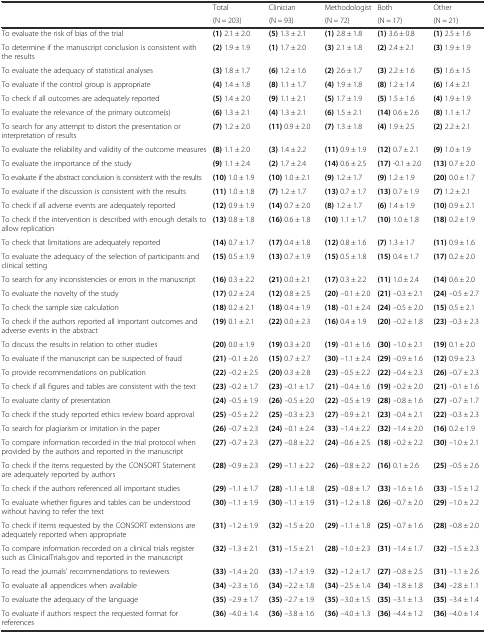
<table><thead><tr><td rowspan="2"></td><td><b>Total</b></td><td><b>Clinician</b></td><td><b>Methodologist</b></td><td><b>Both</b></td><td><b>Other</b></td></tr><tr><td><b>(N = 203)</b></td><td><b>(N = 93)</b></td><td><b>(N = 72)</b></td><td><b>(N = 17)</b></td><td><b>(N = 21)</b></td></tr></thead><tbody><tr><td>To evaluate the risk of bias of the trial</td><td><b>(1)</b> 2.1 ± 2.0</td><td><b>(5)</b> 1.3 ± 2.1</td><td><b>(1)</b> 2.8 ± 1.8</td><td><b>(1)</b> 3.6 ± 0.8</td><td><b>(1)</b> 2.5 ± 1.6</td></tr><tr><td>To determine if the manuscript conclusion is consistent with the results</td><td><b>(2)</b> 1.9 ± 1.9</td><td><b>(1)</b> 1.7 ± 2.0</td><td><b>(3)</b> 2.1 ± 1.8</td><td><b>(2)</b> 2.4 ± 2.1</td><td><b>(3)</b> 1.9 ± 1.9</td></tr><tr><td>To evaluate the adequacy of statistical analyses</td><td><b>(3)</b> 1.8 ± 1.7</td><td><b>(6)</b> 1.2 ± 1.6</td><td><b>(2)</b> 2.6 ± 1.7</td><td><b>(3)</b> 2.2 ± 1.6</td><td><b>(5)</b> 1.6 ± 1.5</td></tr><tr><td>To evaluate if the control group is appropriate</td><td><b>(4)</b> 1.4 ± 1.8</td><td><b>(8)</b> 1.1 ± 1.7</td><td><b>(4)</b> 1.9 ± 1.8</td><td><b>(8)</b> 1.2 ± 1.4</td><td><b>(6)</b> 1.4 ± 2.1</td></tr><tr><td>To check if all outcomes are adequately reported</td><td><b>(5)</b> 1.4 ± 2.0</td><td><b>(9)</b> 1.1 ± 2.1</td><td><b>(5)</b> 1.7 ± 1.9</td><td><b>(5)</b> 1.5 ± 1.6</td><td><b>(4)</b> 1.9 ± 1.9</td></tr><tr><td>To evaluate the relevance of the primary outcome(s)</td><td><b>(6)</b> 1.3 ± 2.1</td><td><b>(4)</b> 1.3 ± 2.1</td><td><b>(6)</b> 1.5 ± 2.1</td><td><b>(14)</b> 0.6 ± 2.6</td><td><b>(8)</b> 1.1 ± 1.7</td></tr><tr><td>To search for any attempt to distort the presentation or interpretation of results</td><td><b>(7)</b> 1.2 ± 2.0</td><td><b>(11)</b> 0.9 ± 2.0</td><td><b>(7)</b> 1.3 ± 1.8</td><td><b>(4)</b> 1.9 ± 2.5</td><td><b>(2)</b> 2.2 ± 2.1</td></tr><tr><td>To evaluate the reliability and validity of the outcome measures</td><td><b>(8)</b> 1.1 ± 2.0</td><td><b>(3)</b> 1.4 ± 2.2</td><td><b>(11)</b> 0.9 ± 1.9</td><td><b>(12)</b> 0.7 ± 2.1</td><td><b>(9)</b> 1.0 ± 1.9</td></tr><tr><td>To evaluate the importance of the study</td><td><b>(9)</b> 1.1 ± 2.4</td><td><b>(2)</b> 1.7 ± 2.4</td><td><b>(14)</b> 0.6 ± 2.5</td><td><b>(17)</b> -0.1 ± 2.0</td><td><b>(13)</b> 0.7 ± 2.0</td></tr><tr><td>To evaluate if the abstract conclusion is consistent with the results</td><td><b>(10)</b> 1.0 ± 1.9</td><td><b>(10)</b> 1.0 ± 2.1</td><td><b>(9)</b> 1.2 ± 1.7</td><td><b>(9)</b> 1.2 ± 1.9</td><td><b>(20)</b> 0.0 ± 1.7</td></tr><tr><td>To evaluate if the discussion is consistent with the results</td><td><b>(11)</b> 1.0 ± 1.8</td><td><b>(7)</b> 1.2 ± 1.7</td><td><b>(13)</b> 0.7 ± 1.7</td><td><b>(13)</b> 0.7 ± 1.9</td><td><b>(7)</b> 1.2 ± 2.1</td></tr><tr><td>To check if all adverse events are adequately reported</td><td><b>(12)</b> 0.9 ± 1.9</td><td><b>(14)</b> 0.7 ± 2.0</td><td><b>(8)</b> 1.2 ± 1.7</td><td><b>(6)</b> 1.4 ± 1.9</td><td><b>(10)</b> 0.9 ± 2.1</td></tr><tr><td>To check if the intervention is described with enough details to allow replication</td><td><b>(13)</b> 0.8 ± 1.8</td><td><b>(16)</b> 0.6 ± 1.8</td><td><b>(10)</b> 1.1 ± 1.7</td><td><b>(10)</b> 1.0 ± 1.8</td><td><b>(18)</b> 0.2 ± 1.9</td></tr><tr><td>To check that limitations are adequately reported</td><td><b>(14)</b> 0.7 ± 1.7</td><td><b>(17)</b> 0.4 ± 1.8</td><td><b>(12)</b> 0.8 ± 1.6</td><td><b>(7)</b> 1.3 ± 1.7</td><td><b>(11)</b> 0.9 ± 1.6</td></tr><tr><td>To evaluate the adequacy of the selection of participants and clinical setting</td><td><b>(15)</b> 0.5 ± 1.9</td><td><b>(13)</b> 0.7 ± 1.9</td><td><b>(15)</b> 0.5 ± 1.8</td><td><b>(15)</b> 0.4 ± 1.7</td><td><b>(17)</b> 0.2 ± 2.0</td></tr><tr><td>To search for any inconsistencies or errors in the manuscript</td><td><b>(16)</b> 0.3 ± 2.2</td><td><b>(21)</b> 0.0 ± 2.1</td><td><b>(17)</b> 0.3 ± 2.2</td><td><b>(11)</b> 1.0 ± 2.4</td><td><b>(14)</b> 0.6 ± 2.0</td></tr><tr><td>To evaluate the novelty of the study</td><td><b>(17)</b> 0.2 ± 2.4</td><td><b>(12)</b> 0.8 ± 2.5</td><td><b>(20)</b> –0.1 ± 2.0</td><td><b>(21)</b> –0.3 ± 2.1</td><td><b>(24)</b> –0.5 ± 2.7</td></tr><tr><td>To check the sample size calculation</td><td><b>(18)</b> 0.2 ± 2.1</td><td><b>(18)</b> 0.4 ± 1.9</td><td><b>(18)</b> –0.1 ± 2.4</td><td><b>(24)</b> –0.5 ± 2.0</td><td><b>(15)</b> 0.5 ± 2.1</td></tr><tr><td>To check if the authors reported all important outcomes and adverse events in the abstract</td><td><b>(19)</b> 0.1 ± 2.1</td><td><b>(22)</b> 0.0 ± 2.3</td><td><b>(16)</b> 0.4 ± 1.9</td><td><b>(20)</b> –0.2 ± 1.8</td><td><b>(23)</b> –0.3 ± 2.3</td></tr><tr><td>To discuss the results in relation to other studies</td><td><b>(20)</b> 0.0 ± 1.9</td><td><b>(19)</b> 0.3 ± 2.0</td><td><b>(19)</b> –0.1 ± 1.6</td><td><b>(30)</b> –1.0 ± 2.1</td><td><b>(19)</b> 0.1 ± 2.0</td></tr><tr><td>To evaluate if the manuscript can be suspected of fraud</td><td><b>(21)</b> –0.1 ± 2.6</td><td><b>(15)</b> 0.7 ± 2.7</td><td><b>(30)</b> –1.1 ± 2.4</td><td><b>(29)</b> –0.9 ± 1.6</td><td><b>(12)</b> 0.9 ± 2.3</td></tr><tr><td>To provide recommendations on publication</td><td><b>(22)</b> –0.2 ± 2.5</td><td><b>(20)</b> 0.3 ± 2.8</td><td><b>(23)</b> –0.5 ± 2.2</td><td><b>(22)</b> –0.4 ± 2.3</td><td><b>(26)</b> –0.7 ± 2.3</td></tr><tr><td>To check if all figures and tables are consistent with the text</td><td><b>(23)</b> –0.2 ± 1.7</td><td><b>(23)</b> –0.1 ± 1.7</td><td><b>(21)</b> –0.4 ± 1.6</td><td><b>(19)</b> –0.2 ± 2.0</td><td><b>(21)</b> –0.1 ± 1.6</td></tr><tr><td>To evaluate clarity of presentation</td><td><b>(24)</b> –0.5 ± 1.9</td><td><b>(26)</b> –0.5 ± 2.0</td><td><b>(22)</b> –0.5 ± 1.9</td><td><b>(28)</b> –0.8 ± 1.6</td><td><b>(27)</b> –0.7 ± 1.7</td></tr><tr><td>To check if the study reported ethics review board approval</td><td><b>(25)</b> –0.5 ± 2.2</td><td><b>(25)</b> –0.3 ± 2.3</td><td><b>(27)</b> –0.9 ± 2.1</td><td><b>(23)</b> –0.4 ± 2.1</td><td><b>(22)</b> –0.3 ± 2.3</td></tr><tr><td>To search for plagiarism or imitation in the paper</td><td><b>(26)</b> –0.7 ± 2.3</td><td><b>(24)</b> –0.1 ± 2.4</td><td><b>(33)</b> –1.4 ± 2.2</td><td><b>(32)</b> –1.4 ± 2.0</td><td><b>(16)</b> 0.2 ± 1.9</td></tr><tr><td>To compare information recorded in the trial protocol when provided by the authors and reported in the manuscript</td><td><b>(27)</b> –0.7 ± 2.3</td><td><b>(27)</b> –0.8 ± 2.2</td><td><b>(24)</b> –0.6 ± 2.5</td><td><b>(18)</b> –0.2 ± 2.2</td><td><b>(30)</b> –1.0 ± 2.1</td></tr><tr><td>To check if the items requested by the CONSORT Statement are adequately reported by authors</td><td><b>(28)</b> –0.9 ± 2.3</td><td><b>(29)</b> –1.1 ± 2.2</td><td><b>(26)</b> –0.8 ± 2.2</td><td><b>(16)</b> 0.1 ± 2.6</td><td><b>(25)</b> –0.5 ± 2.6</td></tr><tr><td>To check if the authors referenced all important studies</td><td><b>(29)</b> –1.1 ± 1.7</td><td><b>(28)</b> –1.1 ± 1.8</td><td><b>(25)</b> –0.8 ± 1.7</td><td><b>(33)</b> –1.6 ± 1.6</td><td><b>(33)</b> –1.5 ± 1.2</td></tr><tr><td>To evaluate whether figures and tables can be understood without having to refer the text</td><td><b>(30)</b> –1.1 ± 1.9</td><td><b>(30)</b> –1.1 ± 1.9</td><td><b>(31)</b> –1.2 ± 1.8</td><td><b>(26)</b> –0.7 ± 2.0</td><td><b>(29)</b> –1.0 ± 2.2</td></tr><tr><td>To check if items requested by the CONSORT extensions are adequately reported when appropriate</td><td><b>(31)</b> –1.2 ± 1.9</td><td><b>(32)</b> –1.5 ± 2.0</td><td><b>(29)</b> –1.1 ± 1.8</td><td><b>(25)</b> –0.7 ± 1.6</td><td><b>(28)</b> –0.8 ± 2.0</td></tr><tr><td>To compare information recorded on a clinical trials register such as ClinicalTrials.gov and reported in the manuscript</td><td><b>(32)</b> –1.3 ± 2.1</td><td><b>(31)</b> –1.5 ± 2.1</td><td><b>(28)</b> –1.0 ± 2.3</td><td><b>(31)</b> –1.4 ± 1.7</td><td><b>(32)</b> –1.5 ± 2.3</td></tr><tr><td>To read the journals’ recommendations to reviewers</td><td><b>(33)</b> –1.4 ± 2.0</td><td><b>(33)</b> –1.7 ± 1.9</td><td><b>(32)</b> –1.2 ± 1.7</td><td><b>(27)</b> –0.8 ± 2.5</td><td><b>(31)</b> –1.1 ± 2.6</td></tr><tr><td>To evaluate all appendices when available</td><td><b>(34)</b> –2.3 ± 1.6</td><td><b>(34)</b> –2.2 ± 1.8</td><td><b>(34)</b> –2.5 ± 1.4</td><td><b>(34)</b> –1.8 ± 1.8</td><td><b>(34)</b> –2.8 ± 1.1</td></tr><tr><td>To evaluate the adequacy of the language</td><td><b>(35)</b> –2.9 ± 1.7</td><td><b>(35)</b> –2.7 ± 1.9</td><td><b>(35)</b> –3.0 ± 1.5</td><td><b>(35)</b> –3.1 ± 1.3</td><td><b>(35)</b> –3.4 ± 1.4</td></tr><tr><td>To evaluate if authors respect the requested format for references</td><td><b>(36)</b> –4.0 ± 1.4</td><td><b>(36)</b> –3.8 ± 1.6</td><td><b>(36)</b> –4.0 ± 1.3</td><td><b>(36)</b> –4.4 ± 1.2</td><td><b>(36)</b> –4.0 ± 1.4</td></tr></tbody></table>